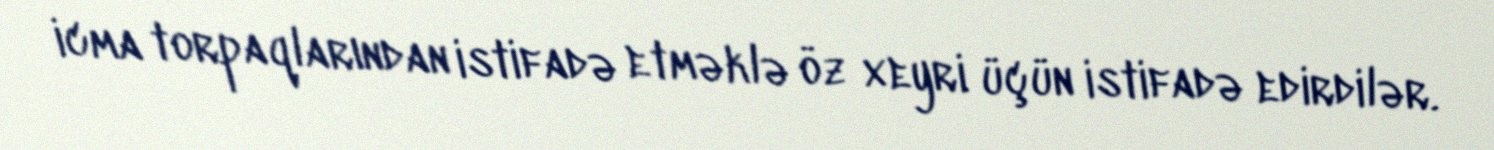
icma torpaqlarından istifadə etməklə öz xeyri üçün istifadə edirdilər.